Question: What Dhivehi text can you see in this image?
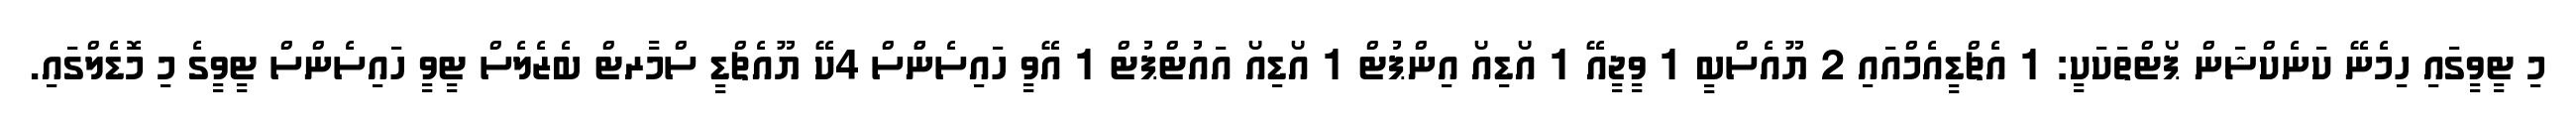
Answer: މި ޓީވީގައި ހިމެނޭ ކަނެކްޝަން ޕޯޓްތަކަކީ: 1 އެޗްޑީއެމްއައި 2 ޔޫއެސްބީ 1 ވީޖީއޭ 1 އޯޑިއޯ އިންޕުޓް 1 އޯޑިއޯ އައުޓްޕުޓް 1 އޭވީ ހައިސެންްސް 4ކޭ ޔޫއެޗްޑީ ސްމާރޓް ބެޒެލެސް ޓީވީ ހައިސެންސް ޓީވީގެ މި މޮޑެލްގައި.